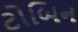
ટોબિન